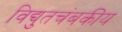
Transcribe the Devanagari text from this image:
विद्युतचंबकीय